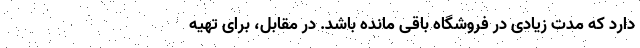
دارد که مدت زیادی در فروشگاه باقی مانده باشد. در مقابل، برای تهیه